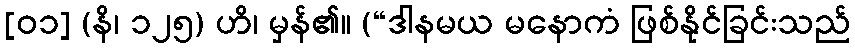
[၀၁] (နိ၊ ၁၂၅) ဟိ၊ မှန်၏။ (“ဒါနမယ မနောကံ ဖြစ်နိုင်ခြင်းသည်